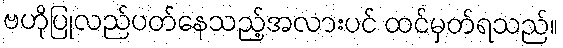
ဗဟိုပြုလည်ပတ်နေသည့်အလားပင် ထင်မှတ်ရသည်။